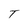
Character: T